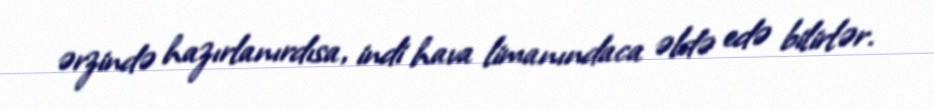
ərzində hazırlanırdısa, indi hava limanındaca əldə edə bilirlər.